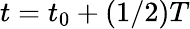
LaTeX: t=t_{0}+(1/2)T